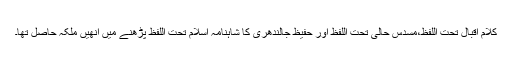
کلام اقبال تحت اللفظ،مسدس حالی تحت اللفظ اور حفیظ جالندھری کا شاہنامہ اسلام تحت اللفظ پڑھنے میں انھیں ملکہ حاصل تھا۔